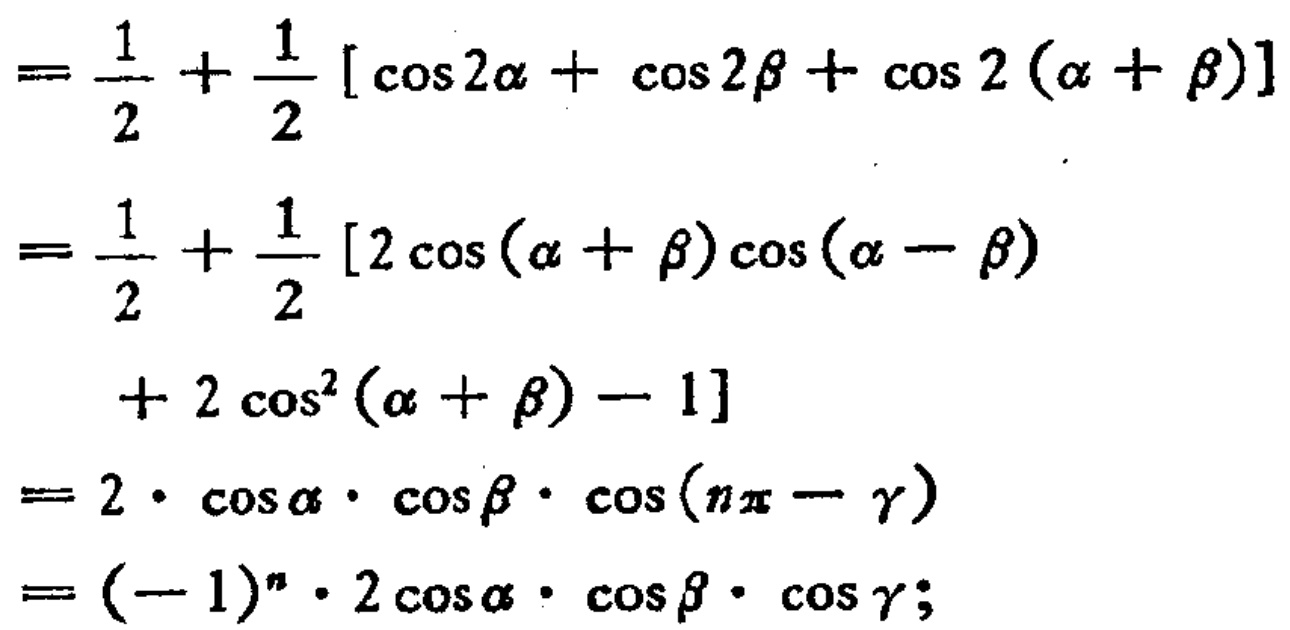
\[

\begin{align*}

&=\frac{1}{2}+\frac{1}{2}[\cos 2\alpha+\cos 2\beta+\cos 2(\alpha + \beta)]\\

&=\frac{1}{2}+\frac{1}{2}[2\cos(\alpha + \beta)\cos(\alpha - \beta)\\

&\quad+ 2\cos^{2}(\alpha + \beta)-1]\\

&=2\cdot\cos\alpha\cdot\cos\beta\cdot\cos(n\pi - \gamma)\\

&=(-1)^{n}\cdot2\cos\alpha\cdot\cos\beta\cdot\cos\gamma;

\end{align*}

\]